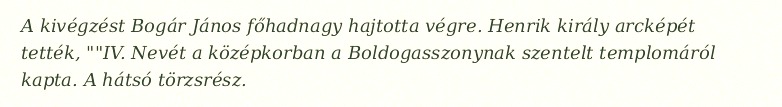
A kivégzést Bogár János főhadnagy hajtotta végre. Henrik király arcképét tették, ""IV. Nevét a középkorban a Boldogasszonynak szentelt templomáról kapta. A hátsó törzsrész.